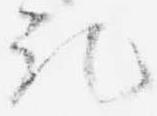
記